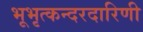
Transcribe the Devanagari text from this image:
भूभृत्कन्दरदारिणी